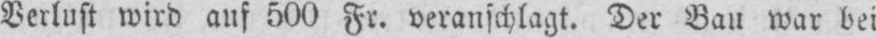
Verlust wird auf 500 Fr. veranschlagt. Der Bau war bei